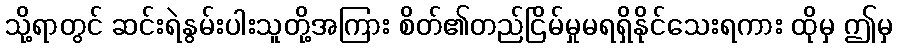
သို့ရာတွင် ဆင်းရဲနွမ်းပါးသူတို့အကြား စိတ်၏တည်ငြိမ်မှုမရရှိနိုင်သေးရကား ထိုမှ ဤမှ